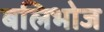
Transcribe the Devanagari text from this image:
बलिभोज